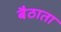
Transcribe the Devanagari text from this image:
बैठाता